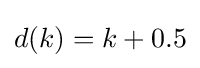
d(k)=k+0.5